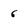
Character: 6